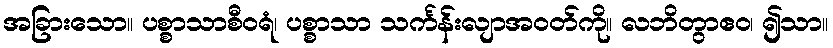
အခြားသော။ ပစ္စာသာစီဝရံ၊ ပစ္စာသာ သင်္ကန်းလျာအဝတ်ကို။ လဘိတွာဧဝ၊ ၍သာ။